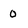
Character: 0